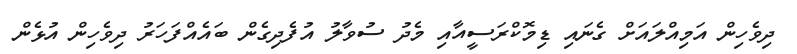
ދިވެހިން އަމިއްލައަށް ގެނައި ޑިމޮކްރަސީއާއި މެދު ސުވާލު އުފެދިގެން ބައެއްފަހަރު ދިވެހިން އުޅެން